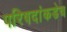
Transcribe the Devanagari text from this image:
परिषदांकडेच